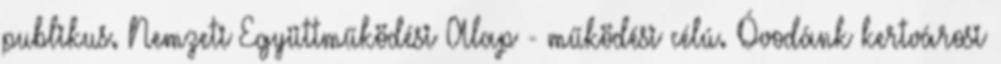
publikus. Nemzeti Együttműködési Alap - működési célú. Óvodánk kertvárosi